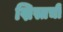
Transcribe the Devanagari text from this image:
ख्रिस्तची